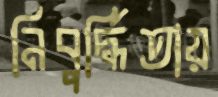
নিবুর্দ্ধিতায়